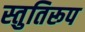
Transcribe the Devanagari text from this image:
स्तुतिरूप